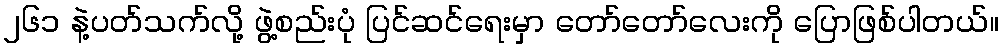
၂၆၁ နဲ့ပတ်သက်လို့ ဖွဲ့စည်းပုံ ပြင်ဆင်ရေးမှာ တော်တော်လေးကို ပြောဖြစ်ပါတယ်။